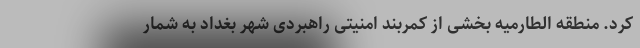
کرد. منطقه الطارمیه بخشی از کمربند امنیتی راهبردی شهر بغداد به شمار